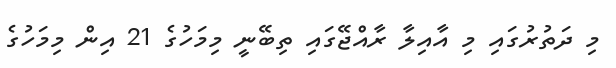
މި ދަތުރުގައި މި އާއިލާ ރާއްޖޭގައި ތިބޭނީ މިމަހުގެ 21 އިން މިމަހުގެ